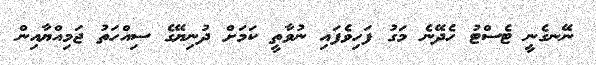
ނޭނގެނީ ޓެސްޓު ހެދޭނެ މަގު ފަހިވެފައި ނުވާތީ ކަމަށް ދުނިޔޭގެ ސިއްހަތު ޖަމިއްޔާއިން